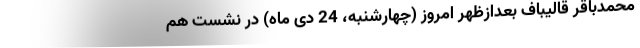
محمدباقر قالیباف بعدازظهر امروز (چهارشنبه، 24 دی ماه) در نشست هم